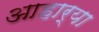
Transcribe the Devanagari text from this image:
आहार्या